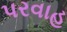
પરવાહ